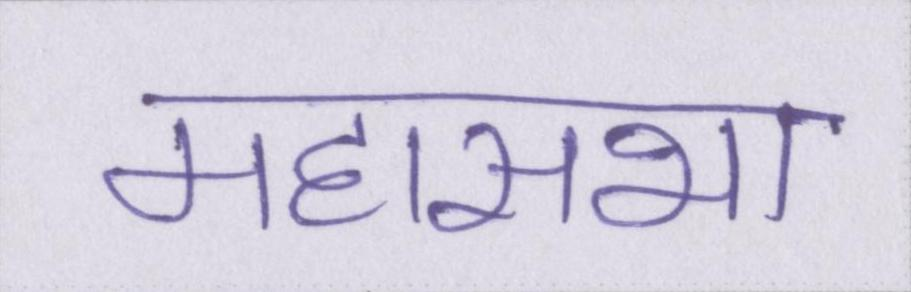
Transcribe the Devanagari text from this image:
महासभा